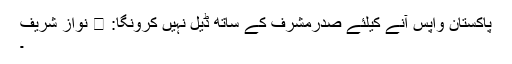
پاکستان واپس آنے کیلئے صدرمشرف کے ساتھ ڈیل نہیں کرونگا:  نواز شریف
۔